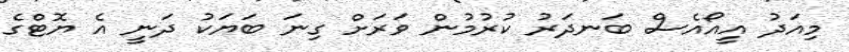
މިއަދު އީއޯއެސް ބަނދަރު ކުރުމުން ވަރަށް ގިނަ ބަޔަކު ދަނީ އެ ޔޮޓްގެ